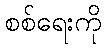
စစ်ရေးကို